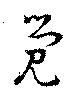
覺